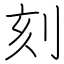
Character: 刻